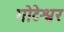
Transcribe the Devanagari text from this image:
गोटेश्वर